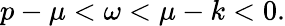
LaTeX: p-\mu<\omega<\mu-k<0.